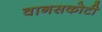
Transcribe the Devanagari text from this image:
वानसकोटी